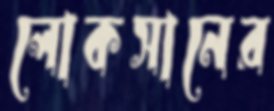
লোকসানের